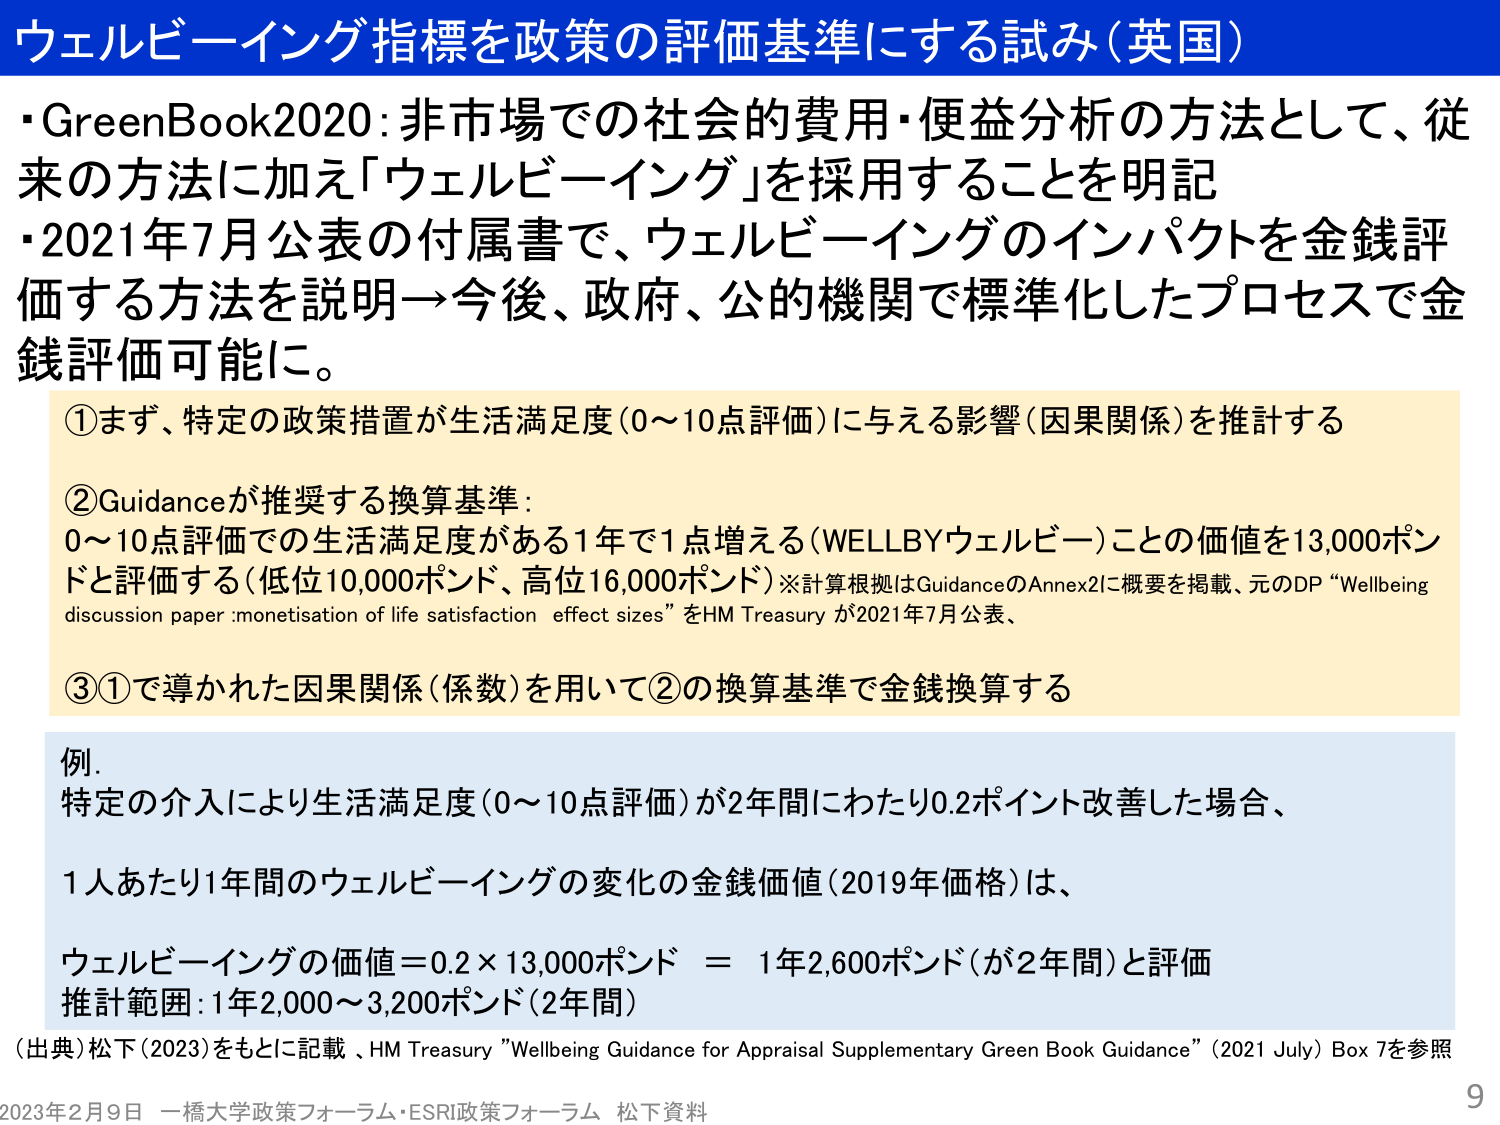
ウェルビーイング指標を政策の評価基準にする試み（英国）

・GreenBook2020：非市場での社会的費用・便益分析の方法として、従来の方法に加え「ウェルビーイング」を採用することを明記
・2021年7月公表の付属書で、ウェルビーイングのインパクトを金銭評価する方法を説明→今後、政府、公的機関で標準化したプロセスで金銭評価可能に。

①まず、特定の政策措置が生活満足度（0～10点評価）に与える影響（因果関係）を推計する

②Guidanceが推奨する換算基準：
0～10点評価での生活満足度がある1年で1点増える（WELLBYウェルビー）ことの価値を13,000ポンドと評価する（低位10,000ポンド、高位16,000ポンド）※計算根拠はGuidanceのAnnex2に概要を掲載、元のDP “Wellbeing discussion paper : monetisation of life satisfaction effect sizes” をHM Treasury が2021年7月公表、

③①で導かれた因果関係（係数）を用いて②の換算基準で金銭換算する

例．
特定の介入により生活満足度（0～10点評価）が2年間にわたり0.2ポイント改善した場合、
1人あたり1年間のウェルビーイングの変化の金銭価値（2019年価格）は、
ウェルビーイングの価値＝0.2 × 13,000ポンド ＝ 1年2,600ポンド（が2年間）と評価
推計範囲：1年2,000～3,200ポンド（2年間）

（出典）松下（2023）をもとに記載、HM Treasury "Wellbeing Guidance for Appraisal Supplementary Green Book Guidance"（2021 July）Box 7を参照

2023年2月9日 一橋大学政策フォーラム・ESRI政策フォーラム 松下資料
9